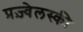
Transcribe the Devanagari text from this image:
प्रज़्वेलस्की